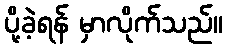
ပို့ခဲ့ရန် မှာလိုက်သည်။